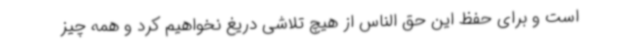
است و برای حفظ این حق الناس از هیچ تلاشی دریغ نخواهیم کرد و همه چیز